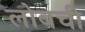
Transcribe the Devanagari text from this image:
लोबची